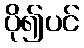
ပို၍ပင်